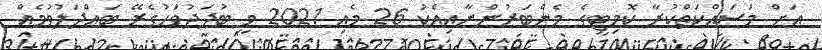
އަށް މަސައްކަތްކުރާ ކޮމިޓީގެ މެންބަރުންނާއިއެކު 26 މެއި 2021 ވީ ބުދަދުވަހުގެރޭ ބައްދަލުވުމެއް